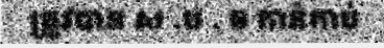
ត្រូវបាន ស .ប . ច កាន់កាប់